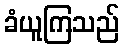
ခံယူကြသည်